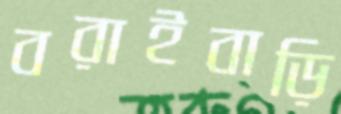
বরাইবাড়ি